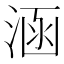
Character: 涵